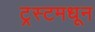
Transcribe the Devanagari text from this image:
ट्रस्टमधून